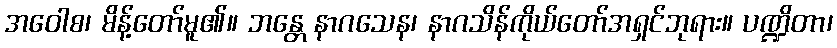
အဝေါစ၊ မိန့်တော်မူ၏။ ဘန္တေ နာဂသေန၊ နာဂသိန်ကိုယ်တော်အရှင်ဘုရား။ ပဏ္ဍိတာ၊